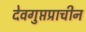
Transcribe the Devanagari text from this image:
देवगुप्तप्राचीन